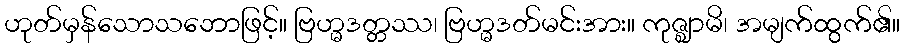
ဟုတ်မှန်သောသဘောဖြင့်။ ဗြဟ္မဒတ္တဿ၊ ဗြဟ္မဒတ်မင်းအား။ ကုဇ္ဈာမိ၊ အမျက်ထွက်၏။